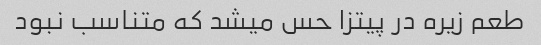
طعم زیره در پیتزا حس میشد که متناسب نبود